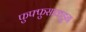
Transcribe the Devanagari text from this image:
फुफ्फुसाकडून